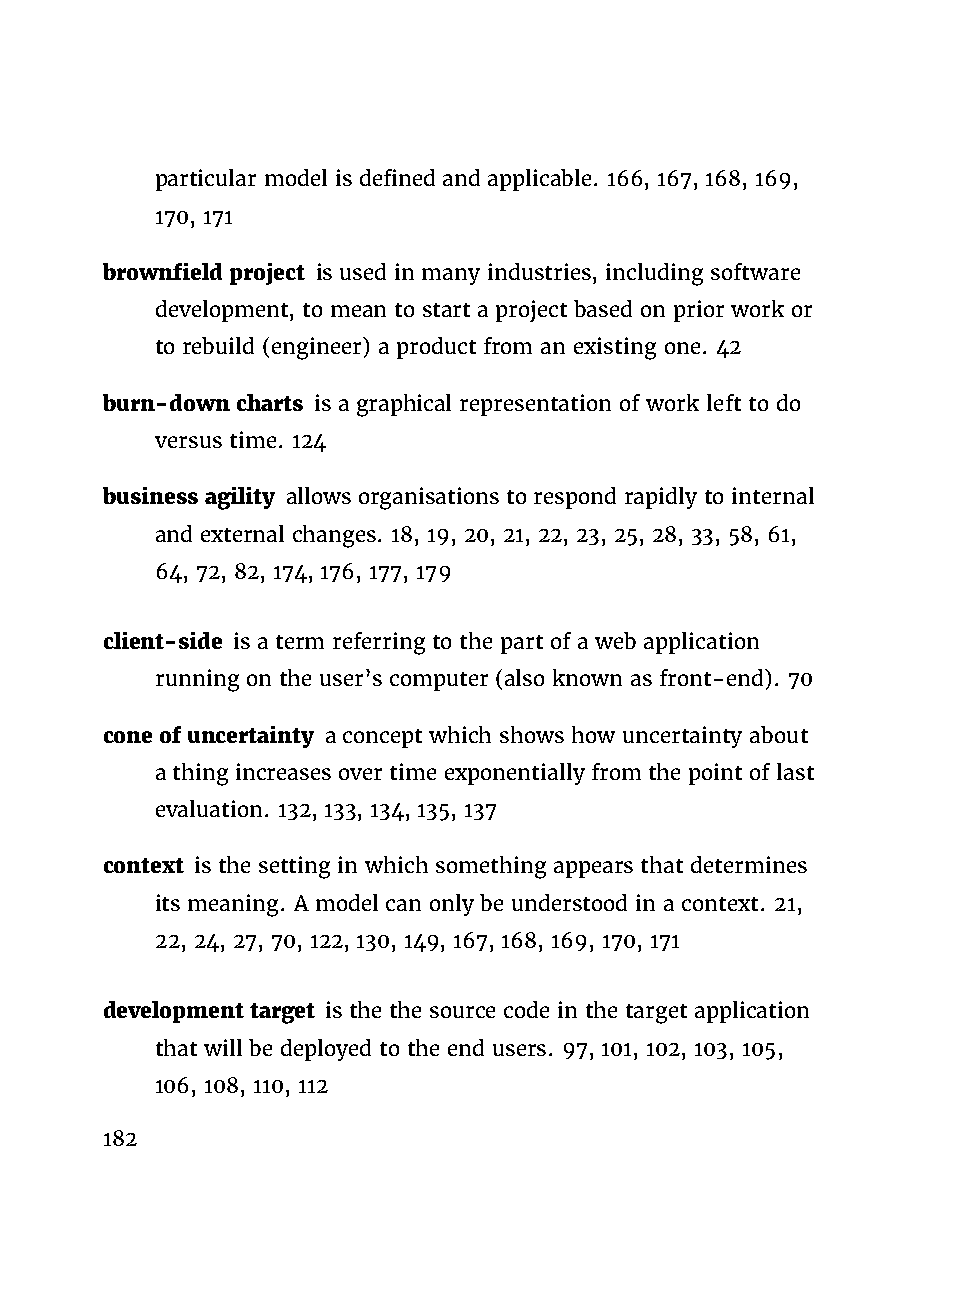
particular model is defined and applicable. 166, 167, 168, 169,
 170, 171
 brownfield project is used in many industries, including software
 development, to mean to start a project based on prior work or
 to rebuild (engineer) a product from an existing one. 42
 burn-down charts is a graphical representation of work left to do
 versus time. 124
 business agility allows organisations to respond rapidly to internal
 and external changes. 18, 19, 20, 21, 22, 23, 25, 28, 33, 58, 61,
 64, 72, 82, 174, 176, 177, 179
 client-side is a term referring to the part of a web application
 running on the user’s computer (also known as front-end). 70
 cone of uncertainty a concept which shows how uncertainty about
 a thing increases over time exponentially from the point of last
 evaluation. 132, 133, 134, 135, 137
 context is the setting in which something appears that determines
 its meaning. A model can only be understood in a context. 21,
 22, 24, 27, 70, 122, 130, 149, 167, 168, 169, 170, 171
 development target is the the source code in the target application
 that will be deployed to the end users. 97, 101, 102, 103, 105,
 106, 108, 110, 112
 182